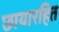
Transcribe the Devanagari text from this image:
छायारहित